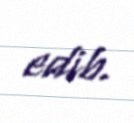
edib.